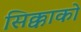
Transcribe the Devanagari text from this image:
सिक्काको